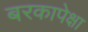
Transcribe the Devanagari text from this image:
बरकापेक्षा